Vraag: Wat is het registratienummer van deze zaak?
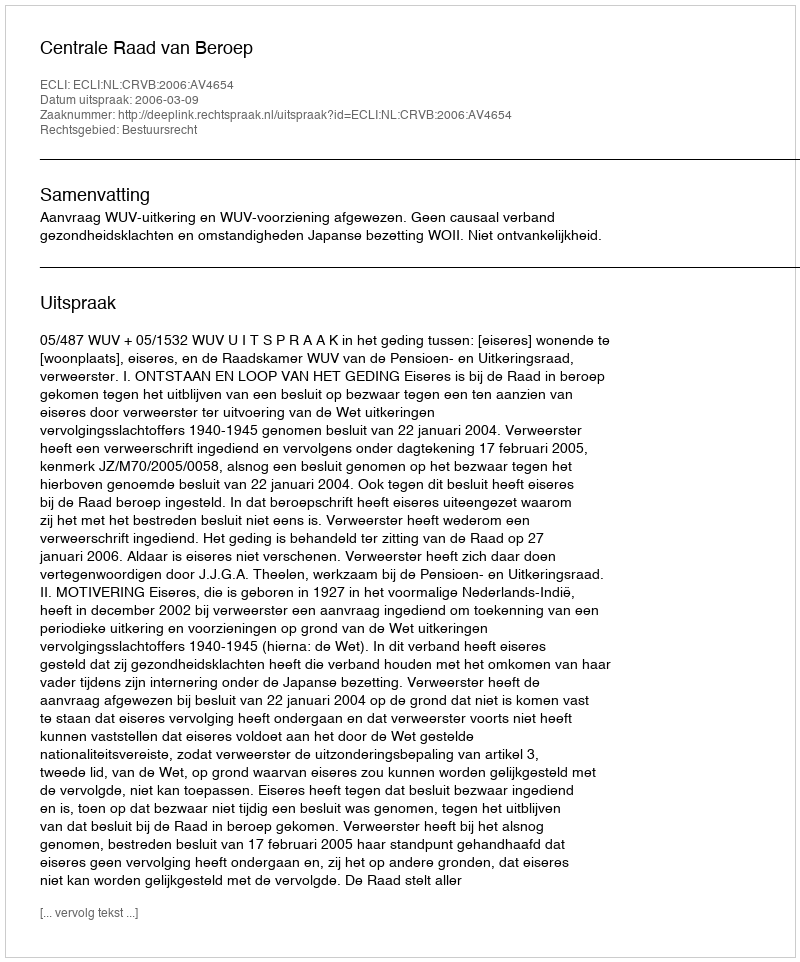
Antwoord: http://deeplink.rechtspraak.nl/uitspraak?id=ECLI:NL:CRVB:2006:AV4654